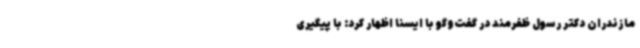
مازندران دکتر رسول ظفرمند در گفت‌وگو با ایسنا اظهار کرد: با پیگیری